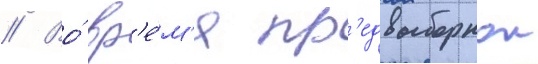
// Во́ вр'е́м'я пр'едвыборнои